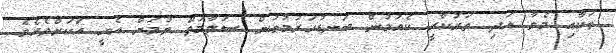
ތަކާއި މެވާ އަދި ތަރުކާރީ ކެއުމުން ބަނޑުހަރުމުވުން ސަލާމަތް ވުމަށް އެހީ އަކަށްވެއެވެ.